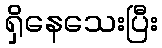
ရှိနေသေးပြီး